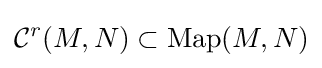
{\mathcal {C}}^{r}(M,N)\subset \operatorname {Map} (M,N)